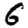
Digit: 6